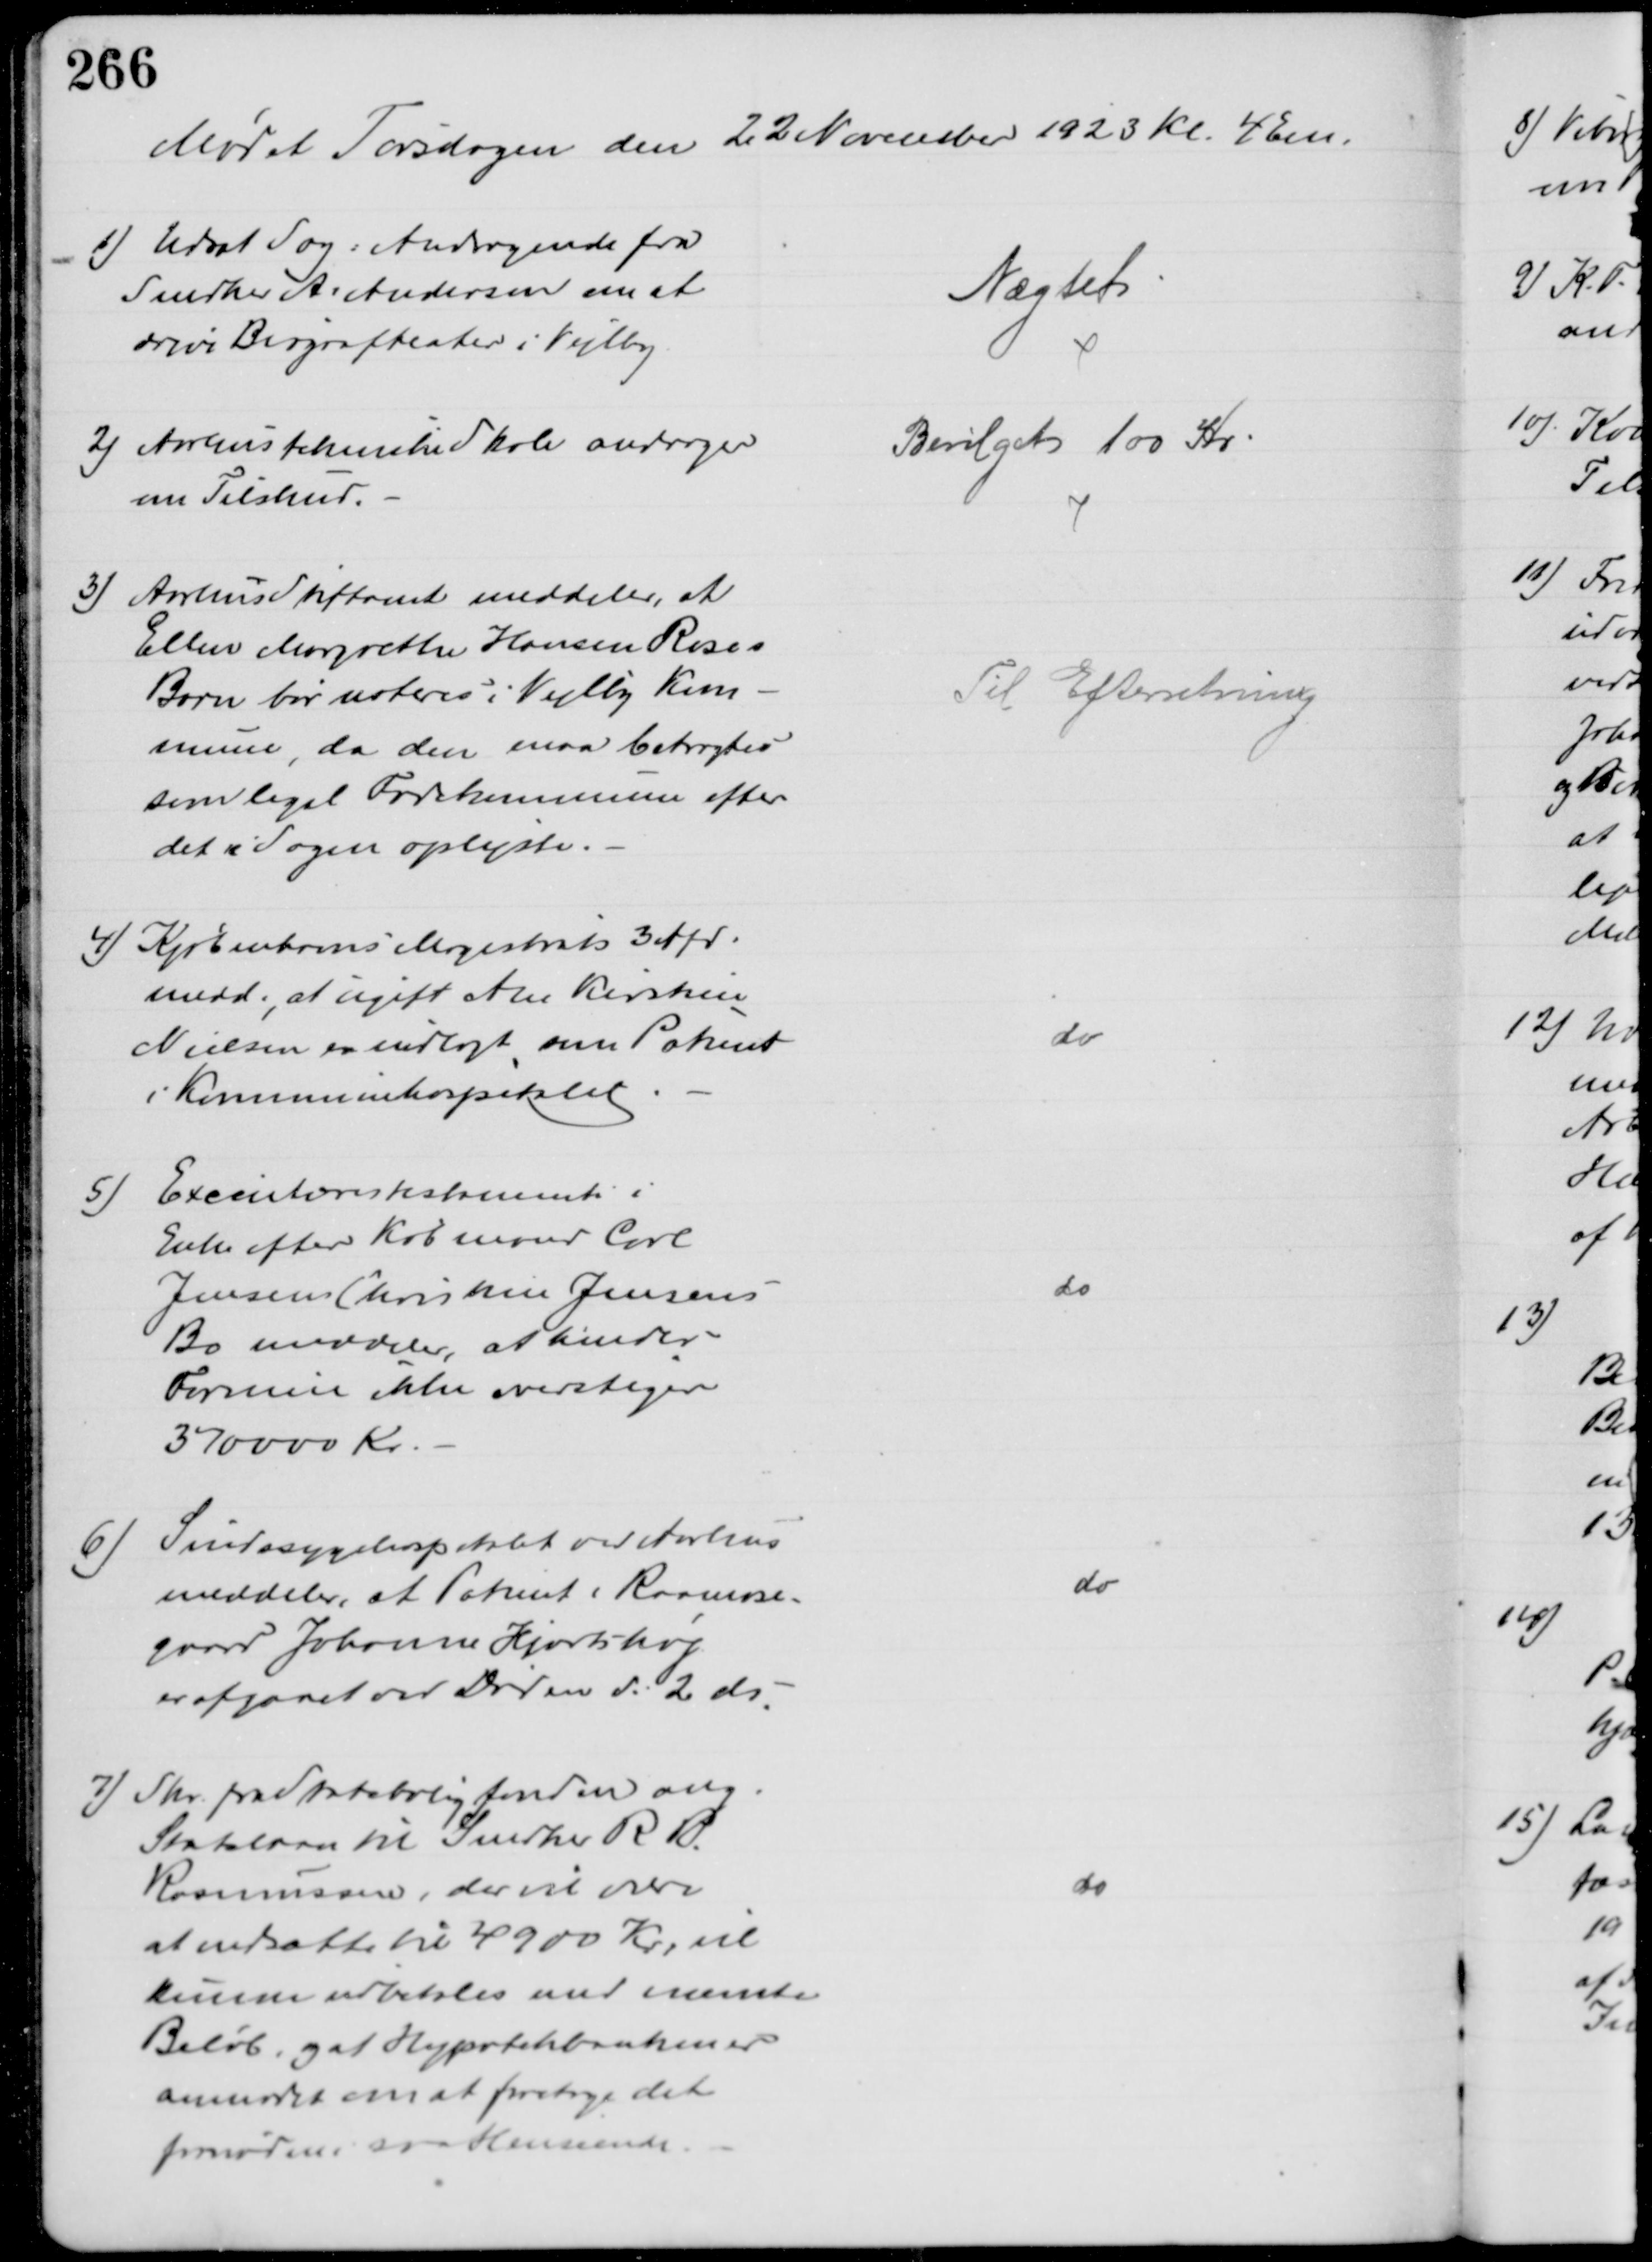
Transskription:
Mødet Torsdagen den 22 November 1923 Kl. 4 Em.
1) Udsat Sag: Andragende fra
Snedker A.  Andersen om at
drive Biografteater i Vejlby.
Nægtet
2) Aarhus tekniske Skole andrager
om Tilskud.
Bevilget 100 Kr
3)
Aarhus Stiftamt meddeler, at
Ellen Margrethe Hansen Roses
Barn bør noteres i Vejlby Kom-
mune, da den maa betragtes
som legal Fødekommune efter
det i Sagen oplyste.
Til Efterretning
4) Kjøbenhavns Magistrats 3 Afd.
medd., at ugift Ane Kirstine
Nielsen er indlagt som Patient
i Kommunehospitalet
do
5
Executores testamenti i
Enke efter Købmand Carl
Jensen Christine Jensens
Bo meddeler, at hendes
Formue ikke overstiger
370000 Kr.
do
6)
Sindssygehospitalet ved Aarhus
meddeler, at Patient i Raamose-
gaard Johanne Hjortshøj
er afgaaet ved Døden d: 2 ds.
do
7) Skr. fra Statsboligfonden ang. 
Statslaan til Snedker R P.
Rasmussen, der vil være
at nedsætte til 4900 Kr, vil
kunne udbetales med nævnte
Beløb, og at Hypoteksbanken er
anmodet om at foretage det
fornødne i saa Henseende.
do